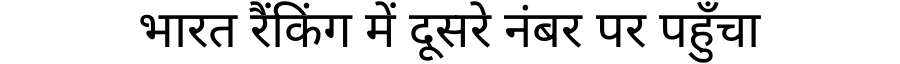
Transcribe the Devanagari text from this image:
भारत रैंकिंग में दूसरे नंबर पर पहुँचा